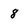
Character: 8